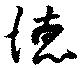
徳